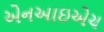
એનઆઇએચ